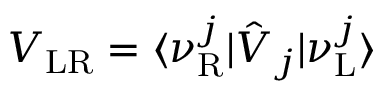
V _ { \mathrm { L R } } = \langle \nu _ { \mathrm { R } } ^ { j } | \hat { V } _ { j } | \nu _ { \mathrm { L } } ^ { j } \rangle